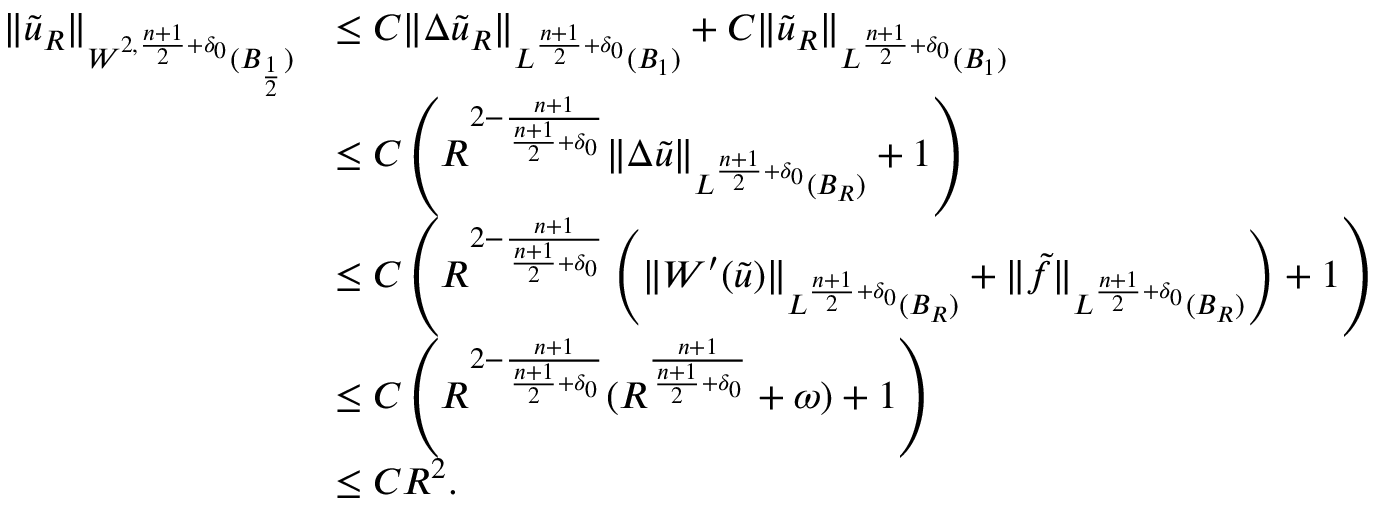
\begin{array} { r l } { \| \tilde { u } _ { R } \| _ { W ^ { 2 , { \frac { n + 1 } { 2 } + \delta _ { 0 } } } ( B _ { \frac { 1 } { 2 } } ) } } & { \leq C \| \Delta \tilde { u } _ { R } \| _ { L ^ { \frac { n + 1 } { 2 } + \delta _ { 0 } } ( B _ { 1 } ) } + C \| \tilde { u } _ { R } \| _ { L ^ { \frac { n + 1 } { 2 } + \delta _ { 0 } } ( B _ { 1 } ) } } \\ & { \leq C \left( R ^ { 2 - \frac { n + 1 } { \frac { n + 1 } { 2 } + \delta _ { 0 } } } \| \Delta \tilde { u } \| _ { L ^ { \frac { n + 1 } { 2 } + \delta _ { 0 } } ( B _ { R } ) } + 1 \right) } \\ & { \leq C \left( R ^ { 2 - \frac { n + 1 } { \frac { n + 1 } { 2 } + \delta _ { 0 } } } \left( \| W ^ { \prime } ( \tilde { u } ) \| _ { L ^ { \frac { n + 1 } { 2 } + \delta _ { 0 } } ( B _ { R } ) } + \| \tilde { f } \| _ { L ^ { \frac { n + 1 } { 2 } + \delta _ { 0 } } ( B _ { R } ) } \right) + 1 \right) } \\ & { \leq C \left( R ^ { 2 - \frac { n + 1 } { \frac { n + 1 } { 2 } + \delta _ { 0 } } } ( R ^ { \frac { n + 1 } { \frac { n + 1 } { 2 } + \delta _ { 0 } } } + \omega ) + 1 \right) } \\ & { \leq C R ^ { 2 } . } \end{array}